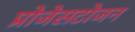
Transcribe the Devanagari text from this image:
प्रोजेसटोजन